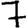
Digit: 7